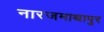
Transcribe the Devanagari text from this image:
नारजमाथापुर